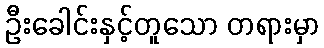
ဦးခေါင်းနှင့်တူသော တရားမှာ